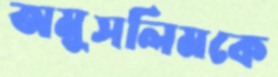
অমুসলিমকে